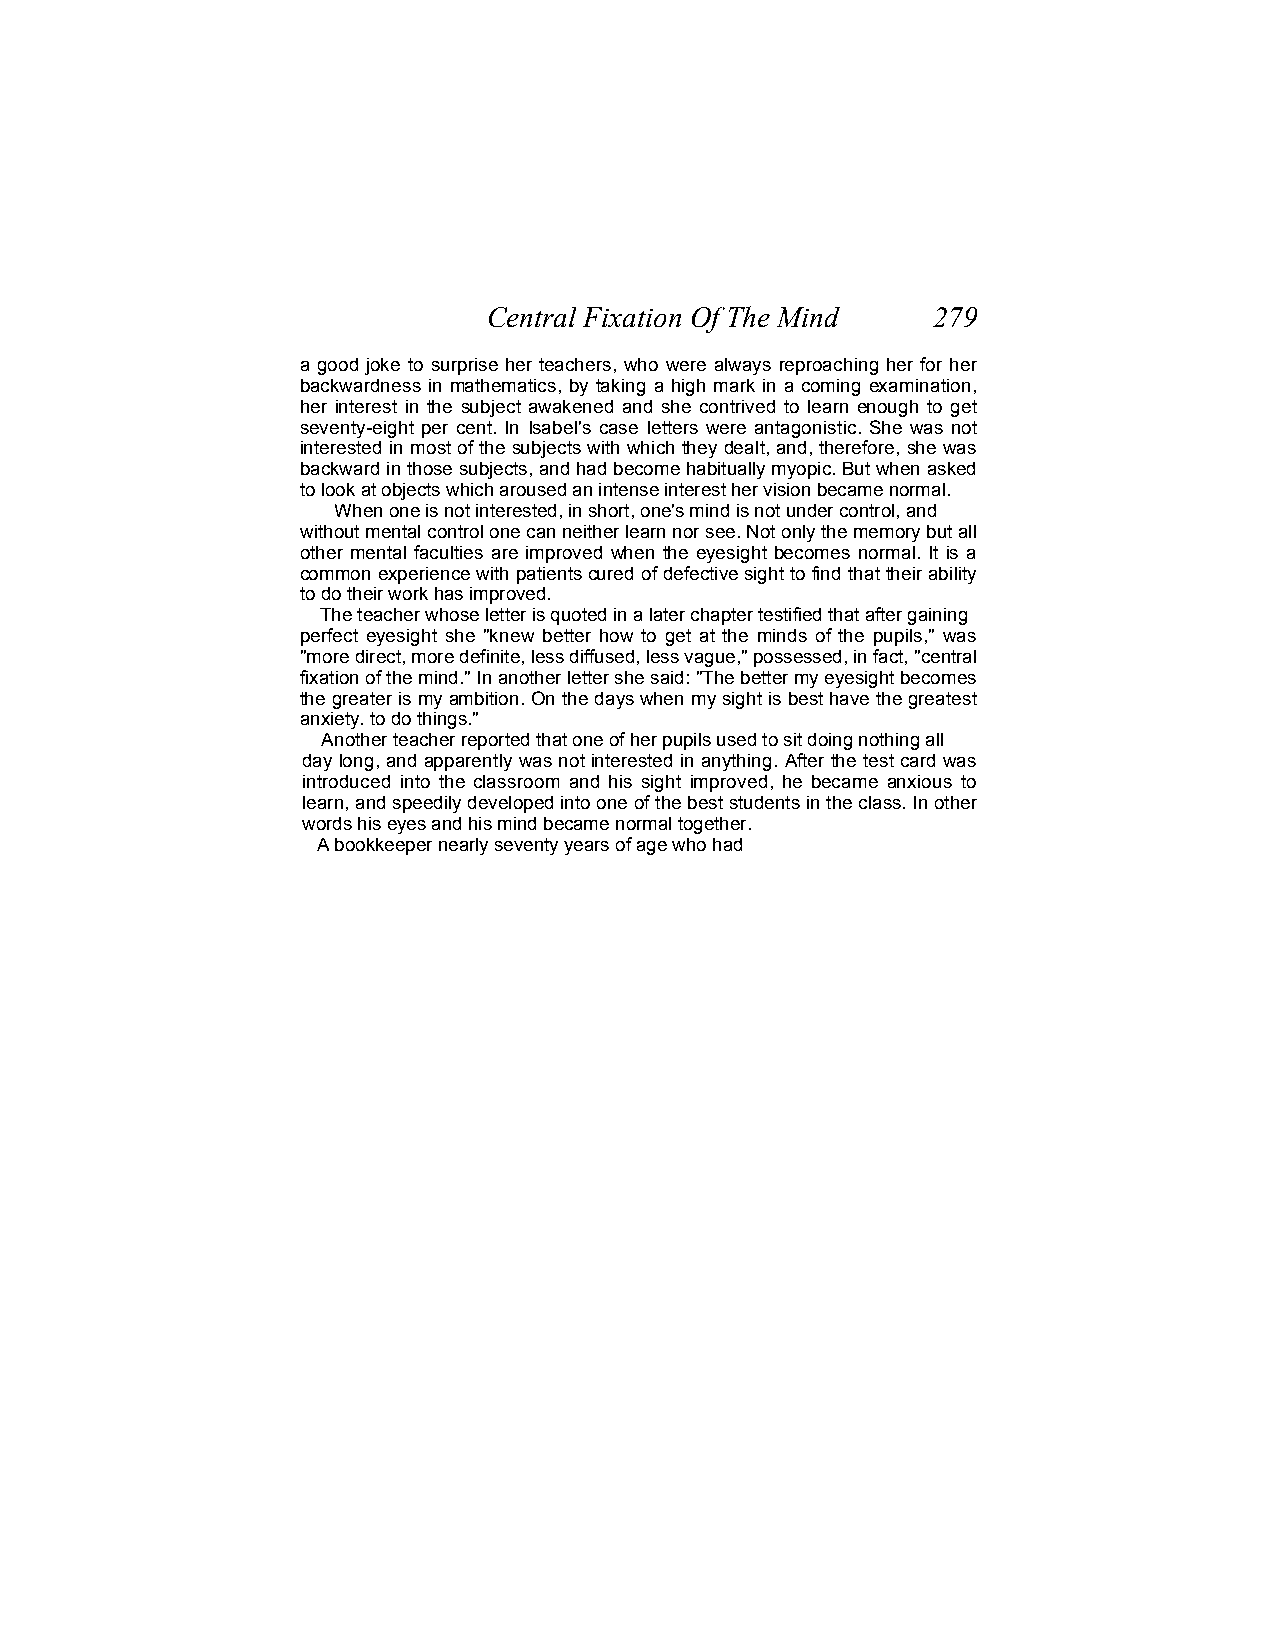
Central Fixation Of The Mind  279
 a good joke to surprise her teachers, who were always reproaching her for her
 backwardness in mathematics, by taking a high mark in a coming examination,
 her interest in the subject awakened and she contrived to learn enough to get
 seventy-eight per cent. In Isabel's case letters were antagonistic. She was not
 interested in most of the subjects with which they dealt, and, therefore, she was
 backward in those subjects, and had become habitually myopic. But when asked
 to look at objects which aroused an intense interest her vision became normal.
 When one is not interested, in short, one's mind is not under control, and
 without mental control one can neither learn nor see. Not only the memory but all
 other mental faculties are improved when the eyesight becomes normal. It is a
 common experience with patients cured of defective sight to find that their ability
 to do their work has improved.
 The teacher whose letter is quoted in a later chapter testified that after gaining
 perfect eyesight she "knew better how to get at the minds of the pupils," was
 "more direct, more definite, less diffused, less vague," possessed, in fact, "central
 fixation of the mind." In another letter she said: "The better my eyesight becomes
 the greater is my ambition. On the days when my sight is best have the greatest
 anxiety. to do things."
 Another teacher reported that one of her pupils used to sit doing nothing all
 day long, and apparently was not interested in anything. After the test card was
 introduced into the classroom and his sight improved, he became anxious to
 learn, and speedily developed into one of the best students in the class. In other
 words his eyes and his mind became normal together.
 A bookkeeper nearly seventy years of age who had